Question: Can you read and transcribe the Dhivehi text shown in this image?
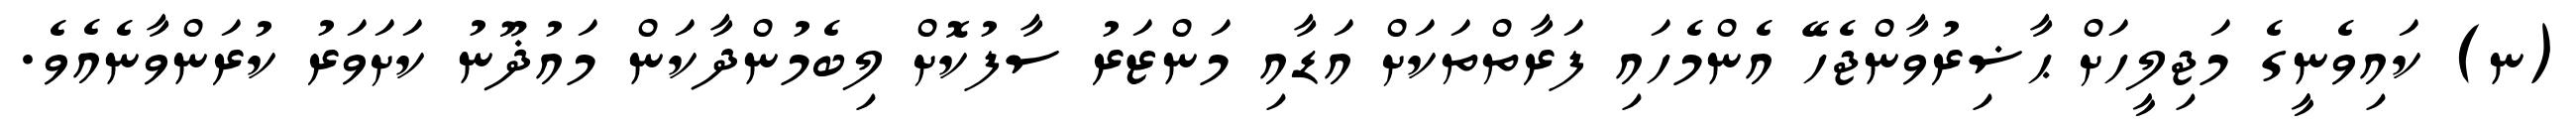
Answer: (ނ) ކައިވެނީގެ މަޖިލީހަށް ޙާޟިރުވާންޖެހޭ އެންމެހައި ފަރާތްތަކަށް އަޑާއި މަންޒަރު ސާފުކޮށް ލިބެމުންދާކަން މައުޛޫނު ކަށަވަރު ކުރަންވާނެއެވެ.